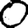
Digit: 0